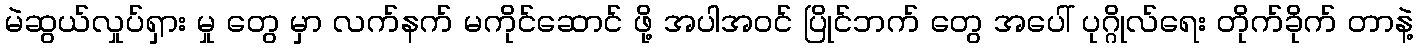
မဲဆွယ်လှုပ်ရှား မှု တွေ မှာ လက်နက် မကိုင်ဆောင် ဖို့ အပါအဝင် ပြိုင်ဘက် တွေ အပေါ် ပုဂ္ဂိုလ်ရေး တိုက်ခိုက် တာနဲ့